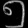
Digit: ၅